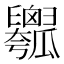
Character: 𤬢